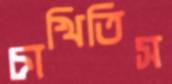
চাখিতিস